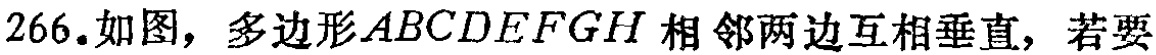
266. 如图，多边形\(ABCDEFGH\)相邻两边互相垂直，若要